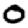
Digit: 0